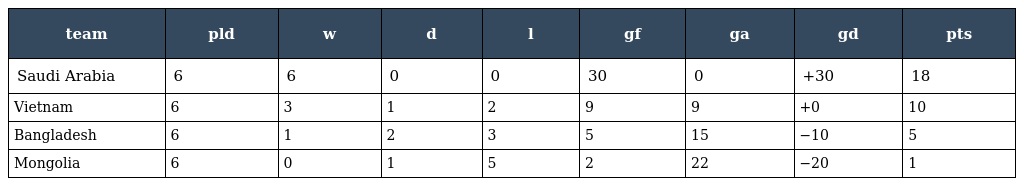
| team | pld | w | d | l | gf | ga | gd | pts |
 | --- | --- | --- | --- | --- | --- | --- | --- | --- |
 | Saudi Arabia | 6 | 6 | 0 | 0 | 30 | 0 | +30 | 18 |
 | Vietnam | 6 | 3 | 1 | 2 | 9 | 9 | +0 | 10 |
 | Bangladesh | 6 | 1 | 2 | 3 | 5 | 15 | −10 | 5 |
 | Mongolia | 6 | 0 | 1 | 5 | 2 | 22 | −20 | 1 |